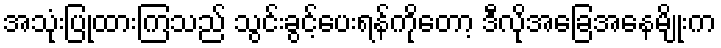
အသုံးပြုထားကြသည် သွင်းခွင့်ပေးရန်ကိုတော့ ဒီလိုအခြေအနေမျိုးက